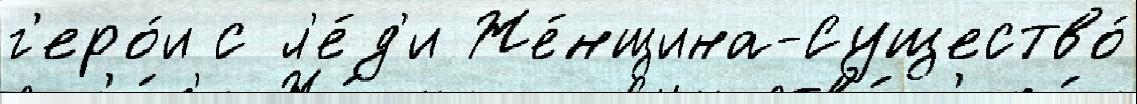
г'еро́и с л'е́д'и Же́нщина-Существо́